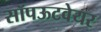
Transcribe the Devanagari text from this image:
सॉपऊटवेयर